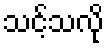
သင့်သလို